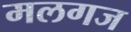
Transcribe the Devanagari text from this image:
मलगज